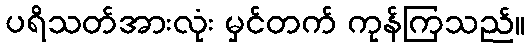
ပရိသတ်အားလုံး မှင်တက် ကုန်ကြသည်။